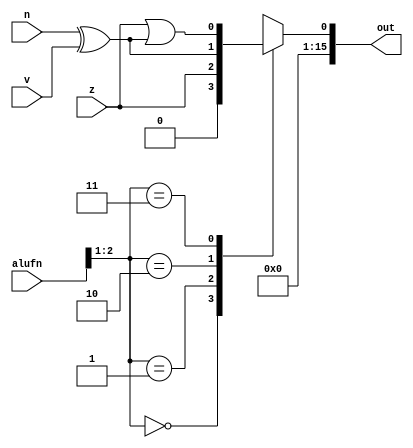
module compare_28 (
    input [5:0] alufn,
    input v,
    input z,
    input n,
    output reg [15:0] out
  );
  
  
  
  reg tempCmp;
  
  always @* begin
    out = 16'h0000;
    
    case (alufn[1+1-:2])
      2'h0: begin
        tempCmp = 1'h0;
      end
      2'h1: begin
        tempCmp = z;
      end
      2'h2: begin
        tempCmp = n ^ v;
      end
      2'h3: begin
        tempCmp = z | (n ^ v);
      end
      default: begin
        tempCmp = 1'h0;
      end
    endcase
    out[1+14-:15] = 15'h0000;
    out[0+0-:1] = tempCmp;
  end
endmodule